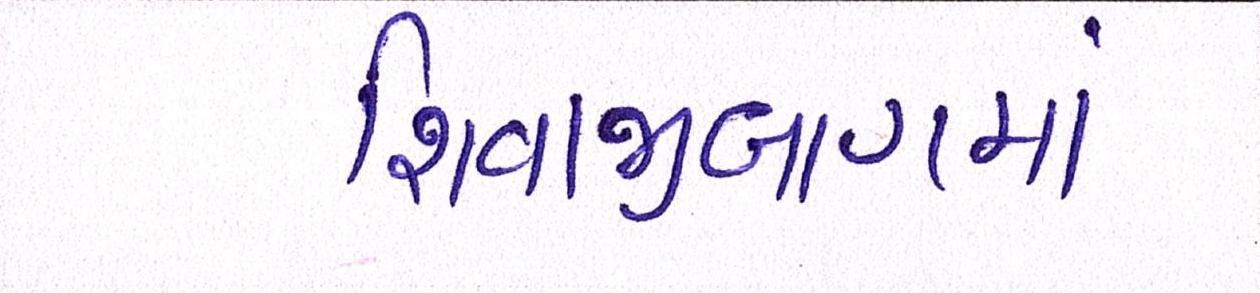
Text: શિવાજીબાગમાં